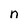
Character: n